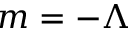
m = - \Lambda